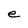
Character: e